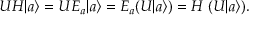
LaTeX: U H | a \rangle = U E _ { a } | a \rangle = E _ { a } ( U | a \rangle ) = H \; ( U | a \rangle ) .